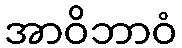
အာဝိဘာဝံ